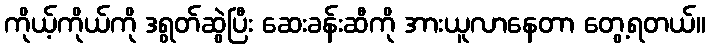
ကိုယ့်ကိုယ်ကို ဒရွတ်ဆွဲပြီး ဆေးခန်းဆီကို အားယူလာနေတာ တွေ့ရတယ်။